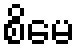
စိမေ